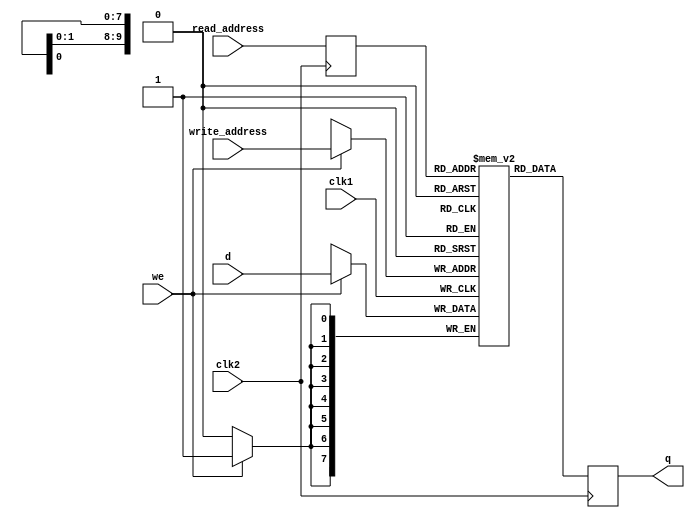
`timescale 1ns/1ns
module dual_clock_ram(q, d, write_address, read_address, we, clk1, clk2);
 	output reg [7:0] q;
 	input [7:0] d;
 	input [9:0] write_address, read_address;
 	input we, clk1, clk2;

 	reg [9:0] read_address_reg;
 	reg [7:0] mem [1023:0];

 	always @ (posedge clk1) begin
 		if (we) mem[write_address] <= d;
 	end
 	always @ (posedge clk2) begin
 		q <= mem[read_address_reg];
 		read_address_reg <= read_address;
 	end
endmodule


//rules for dragon curve
module dragon(clk, reset, dragon_val, dragon_prev, dragon_result, dragon_done);		//equivalent to applyRule_DragonCurve
	input clk, reset, dragon_val;
	input [7:0] dragon_prev; //8 bit input, ascii defined
	output [39:0] dragon_result; //40 bit output
	output [1:0] dragon_done;

	reg [7:0] dragon_prev_reg;
	reg [1:0] dragon_done_reg;
	reg [39:0] dragon_result_reg;
	reg [7:0] dragon_state_reg;
	
	assign dragon_result = dragon_result_reg;
	assign dragon_done = dragon_done_reg;
	
	//ascii definitions
	localparam [7:0] X = 8'b01011000;
	localparam [7:0] Y = 8'b01011001;
	localparam [7:0] plus = 8'd43;		//+
	localparam [7:0] minus = 8'd45;		//-
	localparam [7:0] F = 8'd70;
	localparam [7:0] open_bracket = 8'd91;	//[
	localparam [7:0] closing_bracket = 8'd93;	//]

	//state reg
	localparam DRAGON_UPDATE = 8'b0;
	localparam DRAGON_TRANSLATE = 8'b1;
	localparam DRAGON_DONE = 8'd2;

	always @ (posedge clk) begin
		if (reset) begin
			dragon_result_reg <= 40'b0;
			dragon_done_reg <= 2'b0;
			dragon_prev_reg <= dragon_prev;
			dragon_state_reg <= DRAGON_UPDATE;
		end
		else begin
			case (dragon_state_reg)
				DRAGON_UPDATE: begin
					dragon_prev_reg <= dragon_prev;
					//dragon_state_reg <= DRAGON_TRANSLATE;
					dragon_result_reg <= dragon_result_reg;
					if (dragon_val) begin
						dragon_done_reg <= 2'b0;
						dragon_state_reg <= DRAGON_TRANSLATE;
					end
					else begin
						dragon_done_reg <= dragon_done_reg;
						dragon_state_reg <= DRAGON_UPDATE;
					end
				end
				DRAGON_TRANSLATE: begin
					dragon_prev_reg <= dragon_prev_reg;
					if (dragon_prev_reg == X) begin
						dragon_done_reg <= 2'b1;
						dragon_result_reg <= {X, plus, Y, F, plus};	//"X+YF+"
					end
					else if (dragon_prev_reg == Y) begin
						dragon_done_reg <= 2'd2;
						dragon_result_reg <= {minus, F, X, minus, Y};	//"-FX-Y"
					end
					else begin
						dragon_done_reg <= 2'd3;
						dragon_result_reg <= {dragon_prev_reg,32'b0};
					end
					dragon_state_reg <= DRAGON_UPDATE;
				end
				//DRAGON_DONE: begin
					//dragon_result_reg <= dragon_result_reg;
					//dragon_prev_reg <= dragon_prev_reg;
					//dragon_state_reg <= DRAGON_UPDATE;
				//end
			endcase
		end
	end	

endmodule

module create_system(clk, reset, top_rdy, iterations, system_input_string, system_output_string, system_val, system_done, iterations_counter); //equivalent to createSystem() in translated_python.c
	input clk, reset, top_rdy;
	input [31:0] system_input_string;
	input [3:0] iterations;
	output [7:0] system_output_string;
	output system_val;
	output system_done;
	output [3:0] iterations_counter;

	localparam [7:0] X = 8'b01011000;
	localparam [7:0] Y = 8'b01011001;
	localparam [7:0] plus = 8'd43;		//+
	localparam [7:0] minus = 8'd45;		//-
	localparam [7:0] F = 8'd70;
	localparam [7:0] open_bracket = 8'd91;	//[
	localparam [7:0] closing_bracket = 8'd93;	//]

	wire [7:0] a_q;
	wire [7:0] a_d;
	reg[7:0] a_d_reg;
	wire [9:0] a_write_address;
	reg [9:0] a_write_address_reg;
	wire [9:0] a_read_address;
	reg [9:0] a_read_address_reg;
	wire a_we;
	reg a_we_reg;

	assign a_d = a_d_reg;
	assign a_write_address = a_write_address_reg;
	assign a_read_address = a_read_address_reg;
	assign a_we = a_we_reg;

	dual_clock_ram a(
		.q		(a_q), 
		.d		(a_d), 
		.write_address	(a_write_address), 
		.read_address	(a_read_address), 
		.we		(a_we), 
		.clk1		(clk), 
		.clk2		(clk)
	);

	wire [7:0] b_q;
	wire [7:0] b_d;
	reg[7:0] b_d_reg;
	wire [9:0] b_write_address;
	reg [9:0] b_write_address_reg;
	wire [9:0] b_read_address;
	reg [9:0] b_read_address_reg;
	wire b_we;
	reg b_we_reg;

	assign b_d = b_d_reg;
	assign b_write_address = b_write_address_reg;
	assign b_read_address = b_read_address_reg;
	assign b_we = b_we_reg;

	dual_clock_ram b(
		.q		(b_q), 
		.d		(b_d), 
		.write_address	(b_write_address), 
		.read_address	(b_read_address), 
		.we		(b_we), 
		.clk1		(clk), 
		.clk2		(clk)
	);

	reg dragon_val_reg;
	wire [39:0] dragon_result;
	reg [39:0] dragon_result_reg;
	wire [1:0] dragon_done;
	wire dragon_val;
	reg [7:0] input_char_reg;
	wire [7:0] input_char;
	
	assign dragon_val = dragon_val_reg;
	assign input_char = input_char_reg;

	dragon rule(
		.clk		(clk),
		.reset		(reset),
		.dragon_prev	(input_char),
		.dragon_result	(dragon_result),
		.dragon_done	(dragon_done),
		.dragon_val	(dragon_val)
	);		
	
	localparam RESET_SYSTEM		= 4'd0;	 	
	localparam GET_CHAR		= 4'd1;		//grab byte from axiom if count_iter == 0, otherwise read from M10K address; increment count_iter if axiom == 0 or start/end address of M10K are equal
	localparam READ_M10K		= 4'd2;		//takes 3 cycles to read value from M10K
	localparam INCREMENT_READ	= 4'd3;		//buffer state for reading M10K
	localparam COMPUTE_DRAGON	= 4'd4;		//send one byte to dragon and stays in here until dragon_done is set
	localparam WRITE_M10K_A		= 4'd5;		//write to M10K with dragon_result
	localparam INCREMENT_WRITE_A	= 4'd6;
	localparam WRITE_M10K_B		= 4'd7;		//write to M10K with dragon_result
	localparam INCREMENT_WRITE_B	= 4'd8;
	localparam NEXT_BYTE		= 4'd9;		//shift axiom if count_iter == 0, otherwise move to next address in M10K
	localparam INCREMENT_ITER	= 4'd10;	
	localparam ZERO_READ		= 4'd11;
	localparam DONE			= 4'd12;
	
	reg [3:0] state_reg;
	reg [7:0] system_output_string_reg;
	reg [7:0] output_counter;
	reg [3:0] iterations_counter_reg;
	reg system_val_reg;
	reg system_done_reg;
	reg [31:0] axiom;
	reg [1:0] read_counter;

	assign system_output_string = system_output_string_reg;
	assign system_val = system_val_reg;
	assign system_done = system_done_reg;
	assign iterations_counter = iterations_counter_reg;

	always @ (posedge clk) begin
		if (reset) begin
			iterations_counter_reg <= 4'b0;
			input_char_reg <= 8'b0;
			a_d_reg <= 8'b0;
			a_write_address_reg <= 10'b0;
			a_read_address_reg <= 10'b0;
			a_we_reg <= 1'b0;
			b_d_reg <= 8'b0;
			b_write_address_reg <= 10'b0;
			b_read_address_reg <= 10'b0;
			b_we_reg <= 1'b0;
			axiom <= system_input_string;
			dragon_result_reg <= dragon_result;
			read_counter <= 1'b0;
			system_val_reg <= 1'b0;
			system_done_reg <= 1'b0;
			state_reg <= GET_CHAR;
		end
		else begin
			case (state_reg)
				//RESET_SYSTEM: begin
				//end
				GET_CHAR: begin
					a_d_reg <= 8'b0;
					a_write_address_reg <= a_write_address_reg;
					a_read_address_reg <= a_read_address_reg;
					a_we_reg <= 1'b0;
					b_d_reg <= 8'b0;
					b_write_address_reg <= b_write_address_reg;
					b_read_address_reg <= b_read_address_reg;
					b_we_reg <= 1'b0;
					dragon_result_reg <= dragon_result;
					read_counter <= 1'b0;
					system_val_reg <= 1'b0;
					system_done_reg <= 1'b0;
					if (top_rdy == 1'b0) begin
						state_reg <= GET_CHAR;
					end
					else begin
						if (iterations_counter_reg == 4'b0) begin
							input_char_reg <= axiom[7:0];
							state_reg <= COMPUTE_DRAGON;
						end
						else if (iterations_counter_reg < iterations) begin
							state_reg <= READ_M10K;
						end
						else begin
							state_reg <= DONE;
						end	
					end
				end
				READ_M10K: begin
					a_d_reg <= a_d_reg;
					a_write_address_reg <= a_write_address_reg;
					a_read_address_reg <= a_read_address_reg;
					a_we_reg <= 1'b0;
					b_d_reg <= b_d_reg;
					b_write_address_reg <= b_write_address_reg;
					b_read_address_reg <= b_read_address_reg;
					b_we_reg <= 1'b0;
					dragon_result_reg <= dragon_result;
					read_counter <= read_counter;
					system_val_reg <= 1'b0;
					system_done_reg <= 1'b0;
					if (iterations_counter_reg[0] == 1'b1) begin
						input_char_reg <= a_q;
					end
					else begin
						input_char_reg <= b_q;
					end
					//if (read_counter == 2'd2) begin
						state_reg <= COMPUTE_DRAGON;
						if (iterations_counter_reg[0] == 1'b0) begin
							b_read_address_reg <= b_read_address_reg + 10'b1;
						end 
						else begin
							a_read_address_reg <= a_read_address_reg + 10'b1;
						end
					//end
					//else begin
						//state_reg <= INCREMENT_READ;
					//end
				end
				INCREMENT_READ: begin
					system_val_reg <= 1'b0;
					read_counter <= read_counter + 1'b1;
					state_reg <= READ_M10K;
				end
				COMPUTE_DRAGON: begin
					a_d_reg <= 8'b0;
					a_write_address_reg <= a_write_address_reg;
					a_read_address_reg <= a_read_address_reg;
					a_we_reg <= 1'b0;
					b_d_reg <= 8'b0;
					b_write_address_reg <= b_write_address_reg;
					b_read_address_reg <= b_read_address_reg;
					b_we_reg <= 1'b0;
					dragon_result_reg <= dragon_result;
					dragon_val_reg <= 1'b1;
					read_counter <= 1'b0;
					system_val_reg <= 1'b0;
					system_done_reg <= 1'b0;
					if (dragon_done > 2'b0) begin
						if (iterations_counter_reg[0] == 1'b0) begin
							state_reg <= WRITE_M10K_A;
						end
						else begin
							state_reg <= WRITE_M10K_B;
						end
					end
					else begin
						state_reg <= COMPUTE_DRAGON;
					end
				end
				WRITE_M10K_A: begin
					a_d_reg <= dragon_result_reg[39:32];
					a_write_address_reg <= a_write_address_reg;
					a_read_address_reg <= a_read_address_reg;
					dragon_result_reg <= dragon_result_reg;
					read_counter <= 1'b0;
					system_done_reg <= 1'b0;
					system_output_string_reg <= dragon_result_reg[39:32];
					if (dragon_result_reg == 40'b0) begin
						a_we_reg <= 1'b0;
						system_val_reg <= 1'b0;
						state_reg <= NEXT_BYTE;
					end
					else begin
						a_we_reg <= 1'b1;	
						if (top_rdy == 1'b1) begin
							system_val_reg <= 1'b1;
							state_reg <= INCREMENT_WRITE_A;
						end
						else begin
							system_val_reg <= 1'b0;
							state_reg <= WRITE_M10K_A;
						end
					end
				end
				INCREMENT_WRITE_A: begin
					system_output_string_reg <= system_output_string_reg;
					a_write_address_reg <= a_write_address_reg + 10'b1;
					a_we_reg <= 1'b0;	
					dragon_result_reg <= dragon_result_reg << 8;
					read_counter <= 1'b0;
					system_val_reg <= 1'b0;
					system_done_reg <= 1'b0;
					state_reg <= WRITE_M10K_A;
				end
				WRITE_M10K_B: begin
					b_d_reg <= dragon_result[39:32];
					b_write_address_reg <= b_write_address_reg;
					b_read_address_reg <= b_read_address_reg;
					dragon_result_reg <= dragon_result_reg;
					read_counter <= 1'b0;
					system_done_reg <= 1'b0;
					system_output_string_reg <= dragon_result_reg[39:32];
					if (dragon_result_reg == 40'b0) begin
						b_we_reg <= 1'b0;
						system_val_reg <= 1'b0;
						state_reg <= NEXT_BYTE;
					end
					else begin
						b_we_reg <= 1'b1;	
						if (top_rdy == 1'b1) begin
							system_val_reg <= 1'b1;
							state_reg <= INCREMENT_WRITE_B;
						end
						else begin
							system_val_reg <= 1'b0;
							state_reg <= WRITE_M10K_B;
						end
					end
				end
				INCREMENT_WRITE_B: begin
					system_output_string_reg <= system_output_string_reg;
					b_write_address_reg <= b_write_address_reg + 10'b1;
					b_we_reg <= 1'b0;	
					dragon_result_reg <= dragon_result_reg << 8;
					read_counter <= 1'b0;
					system_val_reg <= 1'b0;
					system_done_reg <= 1'b0;
					state_reg <= WRITE_M10K_B;
				end
				NEXT_BYTE: begin
					axiom <= axiom >> 8;
					read_counter <= 1'b0;
					system_val_reg <= 1'b0;
					system_done_reg <= 1'b0;
					system_output_string_reg <= system_output_string_reg;
					//system_output_string_reg <= 8'b0; //DON'T KEEP THIS IN QUARTUS
					state_reg <= INCREMENT_ITER;
				end
				INCREMENT_ITER: begin
					read_counter <= 1'b0;
					system_val_reg <= 1'b0;
					system_done_reg <= 1'b0;
					if (system_output_string_reg == 8'b0 && axiom == 32'b0) begin //check if a_q_ref, b_q_ref has reached a value of 0, indicating it's at the bottom of the M10K
						a_write_address_reg <= 10'b0;
						b_write_address_reg <= 10'b0;
						iterations_counter_reg <= iterations_counter_reg + 4'b1;
						state_reg <= ZERO_READ;
					end
					state_reg <= GET_CHAR;
				end
				ZERO_READ: begin
					if (iterations_counter[0] == 1'b0) begin
						a_read_address_reg <= a_read_address_reg;
						b_read_address_reg <= 10'b0;
					end
					else begin
						a_read_address_reg <= 10'b0;
						b_read_address_reg <= b_read_address_reg;
					end
					state_reg <= GET_CHAR;
				end
				DONE: begin
					system_done_reg <= 1'b1;
				end
			endcase
		end
	end	

endmodule

module testbench();
	localparam [7:0] X = 8'b01011000;
	localparam [7:0] Y = 8'b01011001;
	localparam [7:0] plus = 8'd43;		//+
	localparam [7:0] minus = 8'd45;		//-
	localparam [7:0] F = 8'd70;
	localparam [7:0] open_bracket = 8'd91;	//[
	localparam [7:0] closing_bracket = 8'd93;	//]
	reg clk_50, clk_25, reset;
	
	reg [31:0] index;
	wire signed [15:0]  testbench_out;
	
	//Initialize clocks and index
	initial begin
		clk_50 = 1'b0;
		clk_25 = 1'b0;
		index  = 32'd0;
		//testbench_out = 15'd0 ;
	end
	
	//Toggle the clocks
	always begin
		#10
		clk_50  = !clk_50;
	end
	
	always begin
		#20
		clk_25  = !clk_25;
	end
	
	//Intialize and drive signals
	initial begin
		reset  = 1'b0;
		#10 
		reset  = 1'b1;
		#30
		reset  = 1'b0;
	end
	
	//Increment index
	always @ (posedge clk_50) begin
		index  <= index + 32'd1;
	end
	
	// Controls for VGA memory
	//=======================================================
	wire [31:0] vga_out_base_address = 32'h0000_0000 ;  // vga base addr
	reg [7:0] vga_sram_writedata ;
	reg [31:0] vga_sram_address; 
	reg vga_sram_write ;
	wire vga_sram_clken = 1'b1;
	wire vga_sram_chipselect = 1'b1;

	//=======================================================
	// pixel address is
	reg [9:0] vga_x_cood, vga_y_cood ;
	reg [7:0] pixel_color ;

	//=======================================================
	// L SYSTEM MODULE
	//=======================================================

	wire [7:0] system_output_string;
	wire system_done;
	reg [7:0] system_output_string_reg;
	reg [7:0] top_char_reg;
	wire top_done;
	reg top_done_reg;
	assign top_done = top_done_reg;
	wire top_rdy;
	reg top_rdy_reg;
	assign top_rdy = top_rdy_reg;
	wire system_val;

	// PIO port connections for graphing
	wire [7:0] top_char;	//plots 1 byte at a time
	assign top_char = top_char_reg;
	wire graphing;
	assign graphing = system_done && (!top_done);
	wire [31:0] axiom;
	wire [3:0] iterations;
	wire [3:0] iterations_counter;

	create_system system(
		.clk							(clk_50), 
		.reset						(reset), 
		.top_rdy						(top_rdy),
		.iterations					(4'd2), 
		.system_input_string		({Y,X,Y,F}), 
		.system_output_string	(system_output_string), 
		.system_val					(system_val),
		.system_done				(system_done),
		.iterations_counter		(iterations_counter)
	);

	//wait for l_system to be created
	//grab a byte of system_output_string into top_char
	//shift system_output_string
	//graph the byte (HPS)
	//continue this until system_output_string = 0 (fully shifted, all bytes grabbed)
	//done

	localparam TOP_RESET 	= 4'd0;
	localparam TOP_WAIT 		= 4'd1;	//wait for l_system to be created, then decides whether to go to GRAPH or DONE
	localparam TOP_SETUP 	= 4'd2;	//grab a byte of system_output_string into top_char
	localparam TOP_TARGET	= 4'd3;	//calculate angle and target x/y values
	localparam TOP_GRAPH		= 4'd4;	//graph on the VGA until the desired target x/y is reached
	localparam TOP_SHIFT 	= 4'd5;	//shift system_output_string << 8
	localparam TOP_DONE 		= 4'd6;	//we did it

	reg [3:0] top_state_reg;
	reg [9:0] x_reg = 10'd300;
	reg [9:0] y_reg = 10'd300;
	reg [9:0] targetx_reg;
	reg [9:0] targety_reg;
	reg [9:0] angle_reg;

	wire [6:0] length = 7'd100;

	always @ (posedge clk_50) begin
		if (reset) begin
			system_output_string_reg <= 8'b0;
			top_done_reg <= 1'b0;
			top_rdy_reg <= 1'b0;
			vga_sram_write <= 1'b0;
			vga_sram_address <= vga_out_base_address;
			vga_sram_writedata <= 8'h00;
			x_reg <= x_reg;
			y_reg <= y_reg;
			targetx_reg <= x_reg;
			targety_reg <= y_reg;
			angle_reg <= 10'b0;
			top_state_reg <= TOP_RESET;
		end
		else begin
			case (top_state_reg)
				TOP_RESET: begin
					system_output_string_reg <= 8'b0;
					top_state_reg <= TOP_WAIT;
					top_rdy_reg <= 1'b0;
					top_done_reg <= 1'b0;
					vga_sram_write <= 1'b0;
					vga_sram_address <= vga_out_base_address;
					vga_sram_writedata <= 8'h00;
					x_reg <= x_reg;
					y_reg <= y_reg;
					targetx_reg <= targetx_reg;
					targety_reg <= targety_reg;
					angle_reg <= 10'b0;
				end
				TOP_WAIT: begin
					top_done_reg <= 1'b0;
					vga_sram_write <= 1'b0;
					vga_sram_address <= vga_out_base_address;
					vga_sram_writedata <= 8'h00;
					x_reg <= x_reg;
					y_reg <= y_reg;
					targetx_reg <= x_reg;
					targety_reg <= y_reg;
					angle_reg <= angle_reg;
					if (system_done) begin
						top_state_reg <= TOP_DONE;
						top_rdy_reg <= 1'b0;
					end
					else begin
						if (system_val == 1'b0) begin
							top_rdy_reg <= 1'b1;
							top_state_reg <= TOP_WAIT;
						end
						else begin
							top_rdy_reg <= 1'b0;
							system_output_string_reg <= system_output_string;
							top_state_reg <= TOP_SETUP;
						end
					end
				end
				TOP_SETUP: begin
					top_rdy_reg <= 1'b0;
					top_done_reg <= 1'b0;
					vga_sram_write <= 1'b0;
					vga_sram_address <= vga_out_base_address;
					vga_sram_writedata <= 8'h00;
					x_reg <= x_reg;
					y_reg <= y_reg;
					targetx_reg <= targetx_reg;
					targety_reg <= targety_reg;
					angle_reg <= angle_reg;
					top_char_reg <= system_output_string_reg;
					system_output_string_reg <= system_output_string_reg;
					top_state_reg <= TOP_TARGET;
				end
				TOP_TARGET: begin
					top_rdy_reg <= 1'b0;
					top_state_reg <= TOP_GRAPH;
					vga_sram_write <= 1'b0;
					vga_sram_address <= vga_out_base_address;
					vga_sram_writedata <= 8'h00;
					x_reg <= x_reg;
					y_reg <= y_reg;
					if (iterations_counter == iterations - 4'b1) begin 
						case(top_char_reg)
							F: begin
								if (angle_reg == 10'd0) begin
									targetx_reg <= x_reg;
									targety_reg <= y_reg - length;
									angle_reg <= angle_reg;
								end 
								else if (angle_reg == 10'd90) begin 
									targetx_reg <= x_reg + length;
									targety_reg <= y_reg;
									angle_reg <= angle_reg;
								end
								else if (angle_reg == 10'd180) begin
									targetx_reg <= x_reg;
									targety_reg <= y_reg + length;
									angle_reg <= angle_reg;
								end
								else if (angle_reg == 10'd270) begin
									targetx_reg <= x_reg - length;
									targety_reg <= y_reg;
									angle_reg <= angle_reg;
								end
							end
							plus: begin 
								if (angle_reg == 10'd270) begin
									targetx_reg <= targetx_reg;
									targety_reg <= targety_reg;
									angle_reg <= 10'd0;
								end
								else begin
									targetx_reg <= targetx_reg;
									targety_reg <= targety_reg;
									angle_reg <= angle_reg + 10'd90;
								end
							end
							minus: begin
								if (angle_reg == 10'd0) begin
									targetx_reg <= targetx_reg;
									targety_reg <= targety_reg;
									angle_reg <= 10'd270;
								end
								else begin 
									targetx_reg <= targetx_reg;
									targety_reg <= targety_reg;
									angle_reg <= angle_reg - 10'd90;
								end
							end
						endcase 
					end
					else begin
						targetx_reg <= targetx_reg;
						targety_reg <= targety_reg;
						angle_reg <= angle_reg;
					end
				end
				TOP_GRAPH: begin
					top_rdy_reg <= 1'b0;
					targetx_reg <= targetx_reg;
					targety_reg <= targety_reg;
					angle_reg <= angle_reg;
					
					if (iterations_counter == iterations - 4'b1) begin
						vga_sram_write <= 1'b1;
					end 
					else begin
						vga_sram_write <= 1'b0;
					end
					vga_sram_address <= vga_out_base_address + {22'b0, x_reg} + ({22'b0,y_reg}*640) ; // compute address
					vga_sram_writedata <= 8'hbd; // data
					
					// iterate through all x,y until target is reached
					if (x_reg < targetx_reg) begin
						x_reg <= x_reg + 10'd1 ;
					end
					else if (x_reg > targetx_reg) begin
						x_reg <= x_reg - 10'd1 ;
					end
					else begin
						x_reg <= x_reg;
					end
					if (y_reg < targety_reg) begin
						y_reg <= y_reg + 10'd1 ;
					end
					else if (y_reg > targety_reg) begin
						y_reg <= y_reg - 10'd1 ;
					end
					else begin
						y_reg <= y_reg;	
					end
					
					if (x_reg == targetx_reg && y_reg == targety_reg) begin 
						top_state_reg <= TOP_SHIFT;
					end 
					else begin
						top_state_reg <= TOP_GRAPH;
					end
				end
				TOP_SHIFT: begin
					top_rdy_reg <= 1'b0;
					top_done_reg <= 1'b0;
					vga_sram_write <= 1'b0;
					vga_sram_address <= vga_out_base_address;
					vga_sram_writedata <= 8'h00;
					x_reg <= x_reg;
					y_reg <= y_reg;
					targetx_reg <= targetx_reg;
					targety_reg <= targety_reg;
					angle_reg <= angle_reg;
					system_output_string_reg <= system_output_string_reg;
					top_state_reg <= TOP_WAIT;
				end
				TOP_DONE: begin
					top_rdy_reg <= 1'b0;
					top_done_reg <= 1'b1;
					vga_sram_write <= 1'b0;
					vga_sram_address <= vga_out_base_address;
					vga_sram_writedata <= 8'h00;
					x_reg <= x_reg;
					y_reg <= y_reg;
					targetx_reg <= targetx_reg;
					targety_reg <= targety_reg;
					angle_reg <= angle_reg;
					//MAYBE GO TO TOP_RESET
				end
				default: begin
					system_output_string_reg <= system_output_string;
					top_state_reg <= TOP_WAIT;
					top_rdy_reg <= 1'b0;
					top_done_reg <= 1'b0;
					vga_sram_write <= 1'b0;
					vga_sram_address <= vga_out_base_address;
					vga_sram_writedata <= 8'h00;
					x_reg <= x_reg;
					y_reg <= y_reg;
					targetx_reg <= targetx_reg;
					targety_reg <= targety_reg;
					angle_reg <= angle_reg;
				end
			endcase
		end	
	end

	/*
	wire [39:0] dragon_result;
	wire dragon_done;
	dragon test(
		.clk			(clk_50), 
		.reset			(reset), 
		.dragon_prev		(X), 
		.dragon_result		(dragon_result), 
		.dragon_done		(dragon_done)
	);

	wire process_done;
	wire [79:0] process_output_string;
	process_string process(
		.clk			(clk_50), 
		.reset			(reset), 
		.process_input_string	({X,Y}), 
		.l_system		(1'b0), 
		.process_done		(process_done), 
		.process_output_string	(process_output_string)
	);
	*/

endmodule